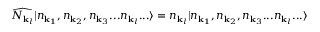
{ \widehat { N _ { { \mathbf { k } } _ { l } } } } | n _ { { \mathbf { k } } _ { 1 } } , n _ { { \mathbf { k } } _ { 2 } } , n _ { { \mathbf { k } } _ { 3 } } . . . n _ { { \mathbf { k } } _ { l } } . . . \rangle = n _ { { \mathbf { k } } _ { l } } | n _ { { \mathbf { k } } _ { 1 } } , n _ { { \mathbf { k } } _ { 2 } } , n _ { { \mathbf { k } } _ { 3 } } . . . n _ { { \mathbf { k } } _ { l } } . . . \rangle